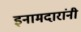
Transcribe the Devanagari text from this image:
इनामदारांनी